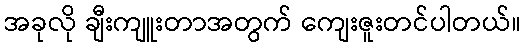
အခုလို ချီးကျူးတာအတွက် ကျေးဇူးတင်ပါတယ်။